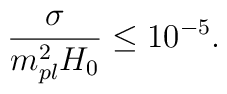
\frac{\sigma}{m_{pl}^2H_0} \leq 10^{-5}.